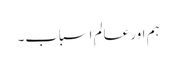
ہم اور عالمِ اسباب۔